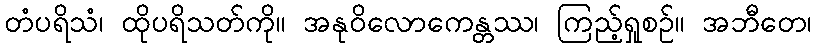
တံပရိသံ၊ ထိုပရိသတ်ကို။ အနုဝိလောကေန္တဿ၊ ကြည့်ရှုစဉ်။ အဘီတေ၊